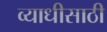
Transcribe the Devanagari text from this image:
व्याधीसाठी